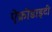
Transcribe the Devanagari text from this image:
ऐफ्रोडाइटी